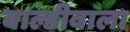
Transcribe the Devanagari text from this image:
बाल्डीवाला